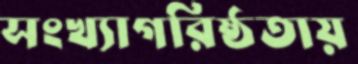
সংখ্যাগরিষ্ঠতায়